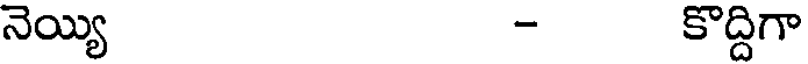
నెయ్యి - కొద్దిగా